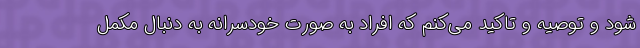
شود و توصیه و تاکید می‌کنم که افراد به صورت خودسرانه به دنبال مکمل